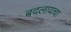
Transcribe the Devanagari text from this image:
बदलायचा